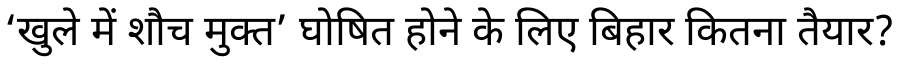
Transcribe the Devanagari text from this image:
‘खुले में शौच मुक्त’ घोषित होने के लिए बिहार कितना तैयार?